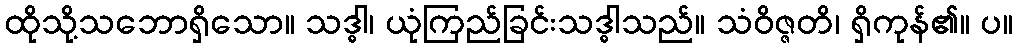
ထိုသို့သဘောရှိသော။ သဒ္ဓါ၊ ယုံကြည်ခြင်းသဒ္ဓါသည်။ သံဝိဇ္ဇတိ၊ ရှိကုန်၏။ ပ။